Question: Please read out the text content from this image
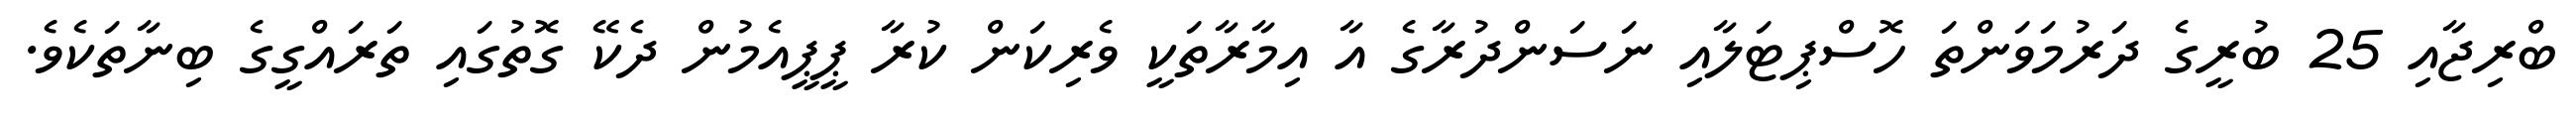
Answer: ބްރިޖާއި 25 ބުރީގެ ދަރުމަވަންތަ ހޮސްޕިޓަލާއި ނަސަންދުރާގެ އާ އިމާރާތަކީ ވެރިކަން ކުރާ ޕީޕީއެމުން ދެކޭ ގޮތުގައި ތަރައްގީގެ ބިނާތަކެވެ.